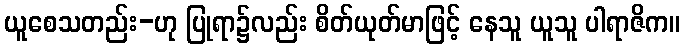
ယူစေသတည်း-ဟု ပြုရာ၌လည်း စိတ်ယုတ်မာဖြင့် နေသူ ယူသူ ပါရာဇိက။